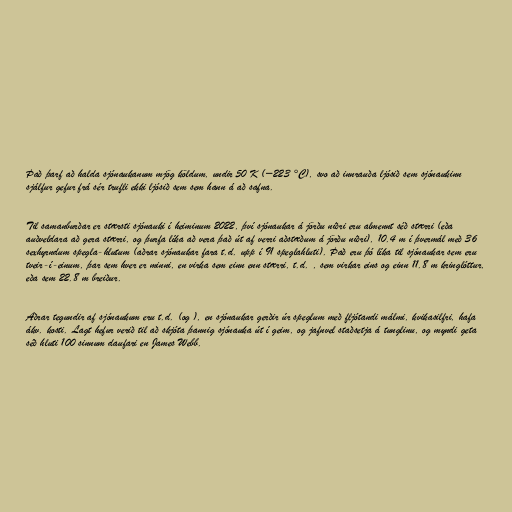
Það þarf að halda sjónaukanum mjög köldum, undir 50 K (−223 °C), svo að innrauða ljósið sem sjónaukinn
sjálfur gefur frá sér trufli ekki ljósið sem sem hann á að safna.

Til samanburðar er stærsti sjónauki í heiminum 2022, því sjónaukar á jörðu niðri eru almennt séð stærri (eða
auðveldara að gera stærri, og þurfa líka að vera það út af verri aðstæðum á jörðu niðri), 10.4 m í þvermál með 36
sexhyrndum spegla-hlutum (aðrar sjónaukar fara t.d. upp í 91 speglahluti). Það eru þó líka til sjónaukar sem eru
tveir-í-einum, þar sem hver er minni, en virka sem einn enn stærri, t.d. , sem virkar eins og einn 11.8 m kringlóttur,
eða sem 22.8 m breiður.

Aðrar tegundir af sjónaukum eru t.d. (og ), en sjónaukar gerðir úr speglum með fljótandi málmi, kvikasilfri, hafa
ákv. kosti. Lagt hefur verið til að skjóta þannig sjónauka út í geim, og jafnvel staðsetja á tunglinu, og myndi geta
séð hluti 100 sinnum daufari en James Webb.